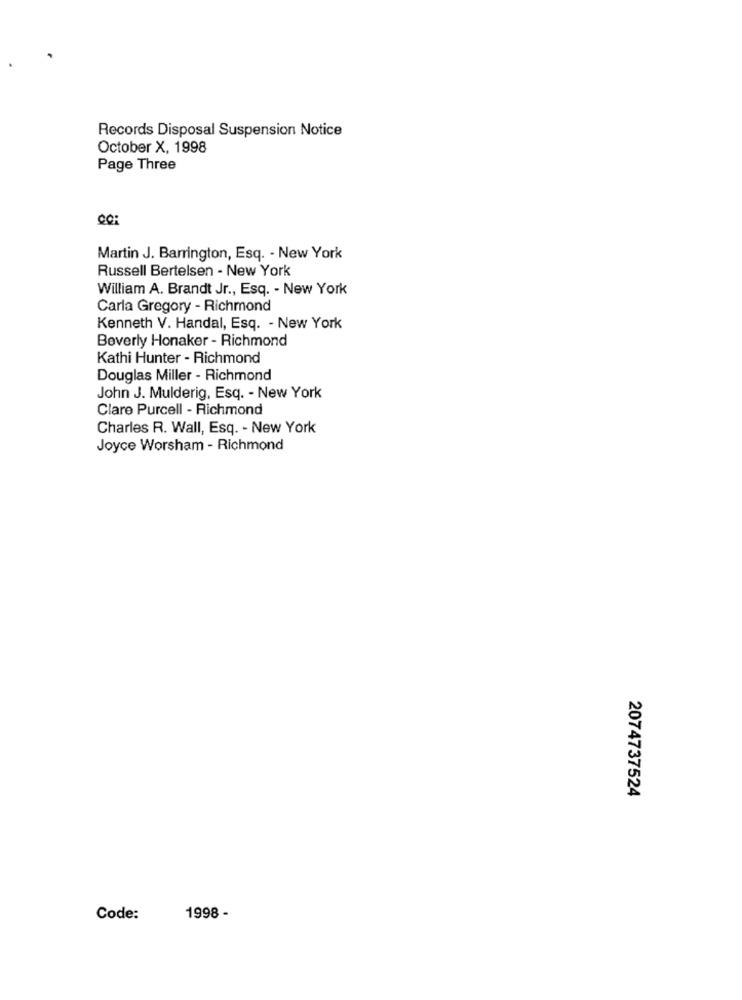
Records Disposal Suspension Notice
October X, 1998
Page Three
COR
Martin J. Barrington, Esq. - New York
Russell Bertelsen - New York
William A. Brandt Jr ., Esq. - New York
Carla Gregory - Richmond
Kenneth V. Handal, Esq. - New York
Beverly Honaker - Richmond
Kathi Hunter - Richmond
Douglas Miller - Richmond
John J. Mulderig, Esq. - New York
Clare Purcell - Richmond
Charles R. Wall, Esq. - New York
Joyce Worsham - Richmond
2074737524
Code:
1998 -